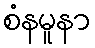
စံနမူနာ